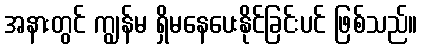
အနားတွင် ကျွန်မ ရှိမနေပေးနိုင်ခြင်းပင် ဖြစ်သည်။